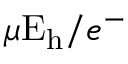
\mu \mathrm { E _ { h } } / e ^ { - }